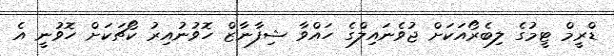
ޑްރީމް ޓީމުގެ ލިބެރޯއަކަށް ޖުވެނައިލްގެ ހައްވާ ޝިފާނާޒް ހޮވުނުއިރު ކޯޗަކަށް ހޮވުނީ އެ